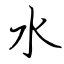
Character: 水